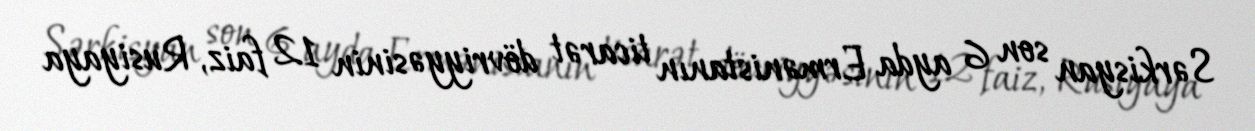
Sərkisyan son 6 ayda Ermənistanın ticarət dövriyyəsinin 12 faiz, Rusiyaya